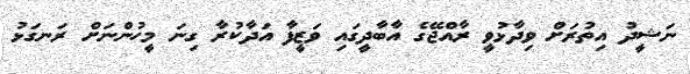
ނަޝީދު އިތުރަށް ވިދާޅުވީ ރާއްޖޭގެ އާބާދީގައި ވަޒީފާ އަދާކުރާ ގިނަ މީހުންނަށް ރަނގަޅު